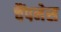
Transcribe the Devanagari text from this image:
चैंपनेस